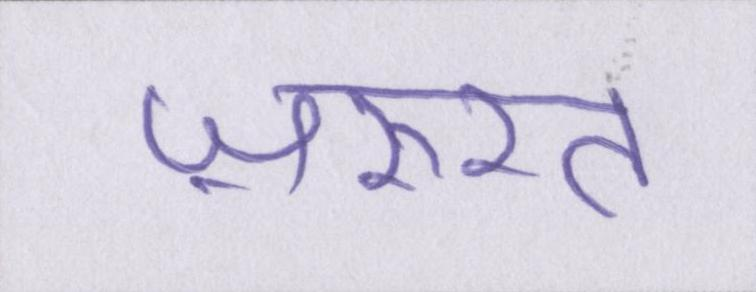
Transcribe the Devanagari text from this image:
ज़रुरत